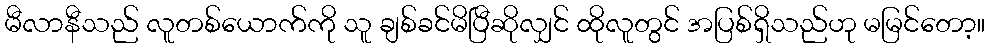
မီလာနီသည် လူတစ်ယောက်ကို သူ ချစ်ခင်မိပြီဆိုလျှင် ထိုလူတွင် အပြစ်ရှိသည်ဟု မမြင်တော့။